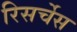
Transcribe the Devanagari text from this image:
रिसर्चेस